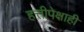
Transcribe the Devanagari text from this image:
हत्तीपेक्षाही